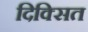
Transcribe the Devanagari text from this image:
दिक्सित